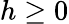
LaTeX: h\ge 0